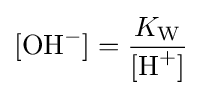
[{\mathrm {OH} {\vphantom {A}}^{-}}]={\frac {K_{\mathrm {W} }}{[{\mathrm {H} {\vphantom {A}}^{+}}]}}